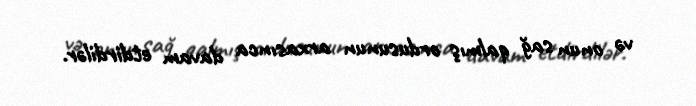
və onun sağ qalmış ordusunun arxasınca davam etdirdilər.